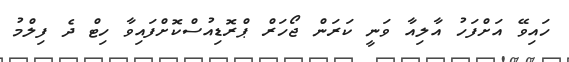
ހައިވޭ އަށްފަހު އާލިއާ ވަނީ ކަރަން ޖޯހަރް ޕްރޮޑިއުސްކޮށްފައިވާ ހިޓް ދެ ފިލްމު